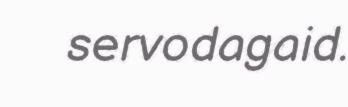
servodagaid.